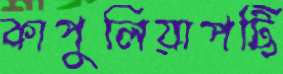
কাপুলিয়াপট্টি